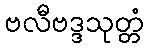
ဗလီဗဒ္ဒသုတ္တံ